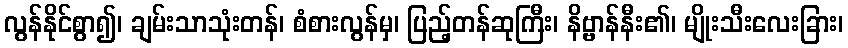
လွန်နိုင်စွာ၍၊ ချမ်းသာသုံးတန်၊ စံစားလွန်မှ၊ ပြည့်တန်ဆုကြီး၊ နိဗ္ဗာန်နီး၏၊ မျိုးသီးလေးခြား၊